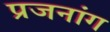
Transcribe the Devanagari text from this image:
प्रजनांग